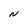
Character: N